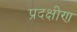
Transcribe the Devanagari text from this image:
प्रदक्षीण